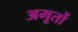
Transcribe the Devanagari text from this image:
अमूर्तो